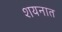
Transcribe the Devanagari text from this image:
शयनात